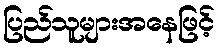
ပြည်သူများအနေဖြင့်